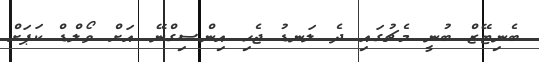
ބެނިޓޭޒް ބުނީ މެޗުގައި ދެ ލަނޑު ޖެހި އިންސިގްނޭ އަށް ވޯލްޑް ކަޕަށް